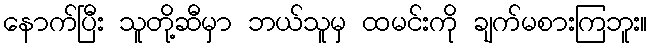
နောက်ပြီး သူတို့ဆီမှာ ဘယ်သူမှ ထမင်းကို ချက်မစားကြဘူး။